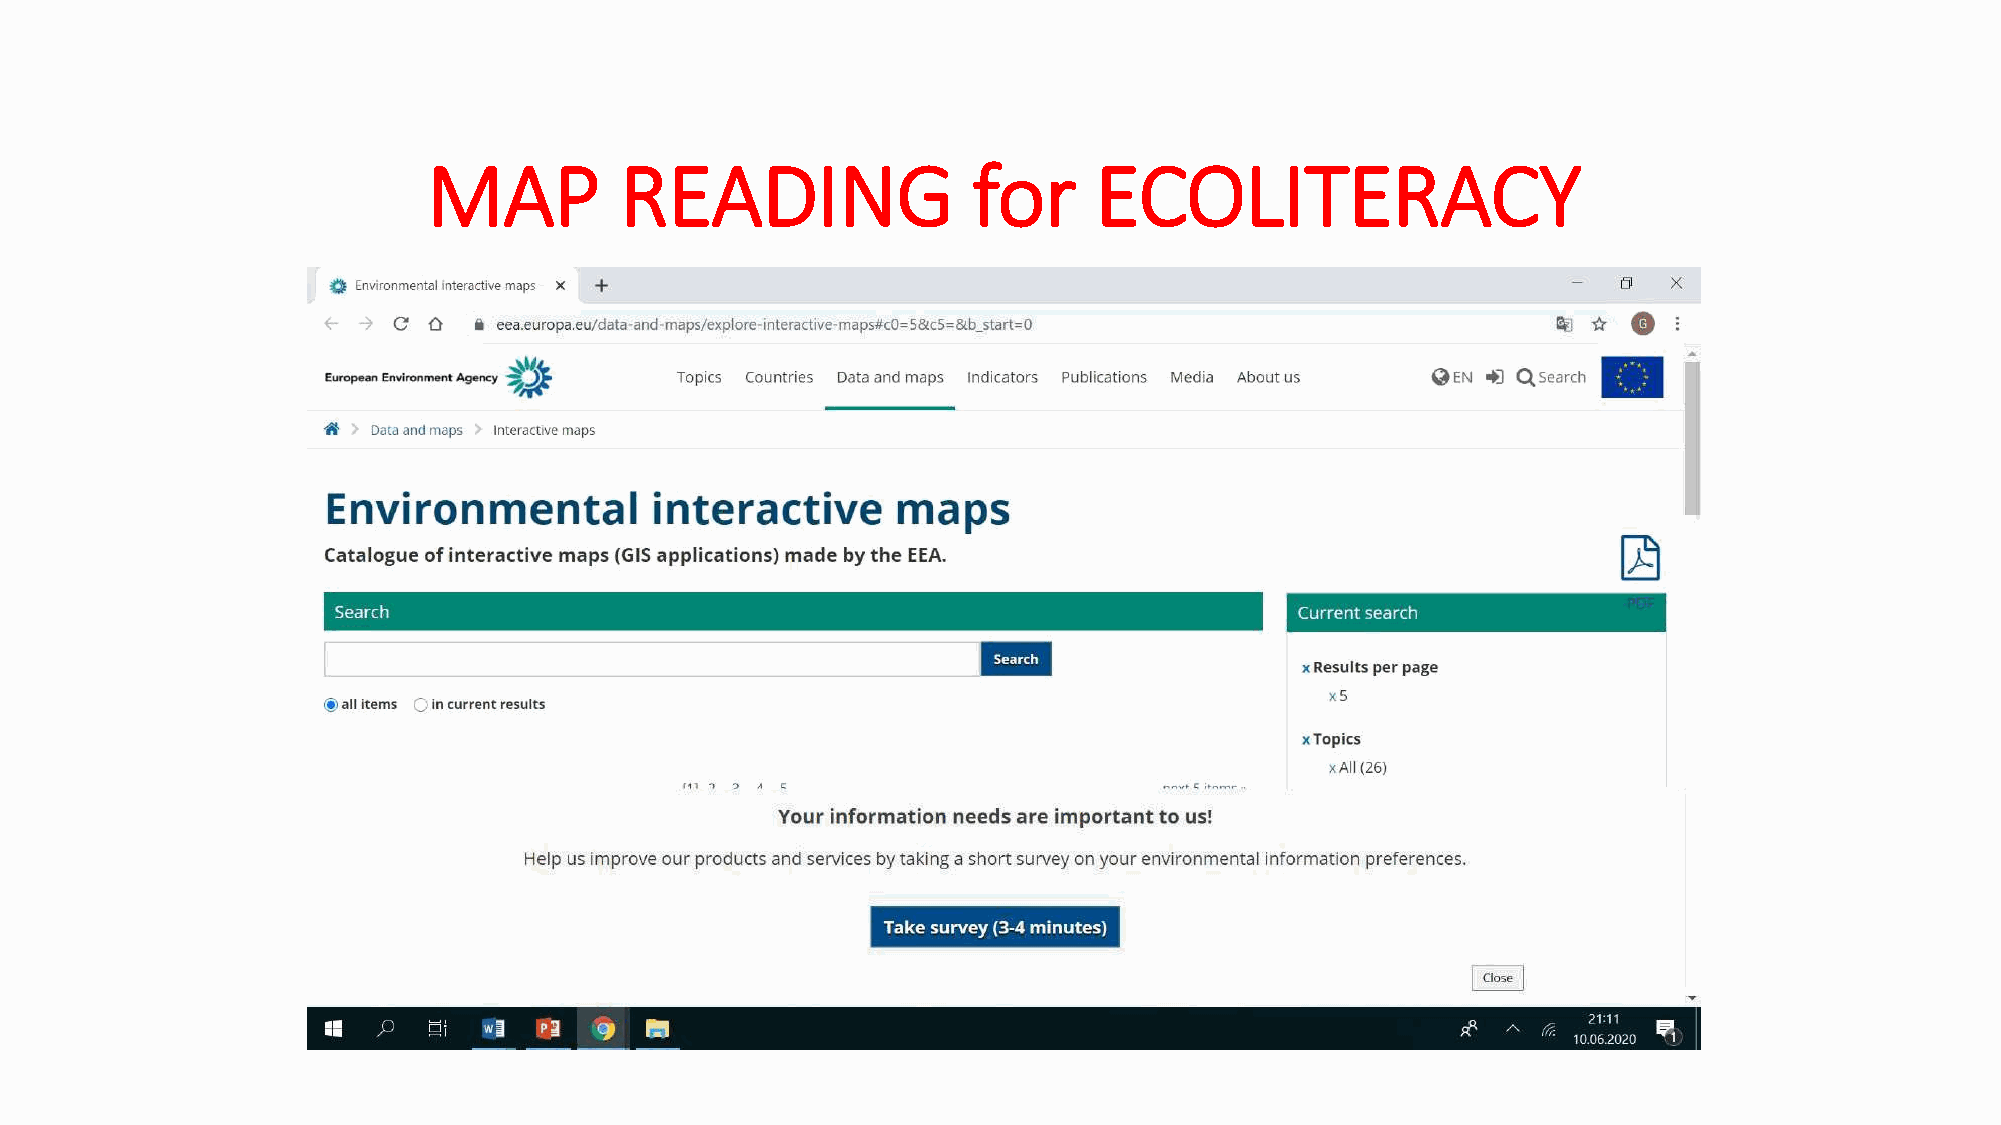
MAP          READING                for     ECOLITERACY